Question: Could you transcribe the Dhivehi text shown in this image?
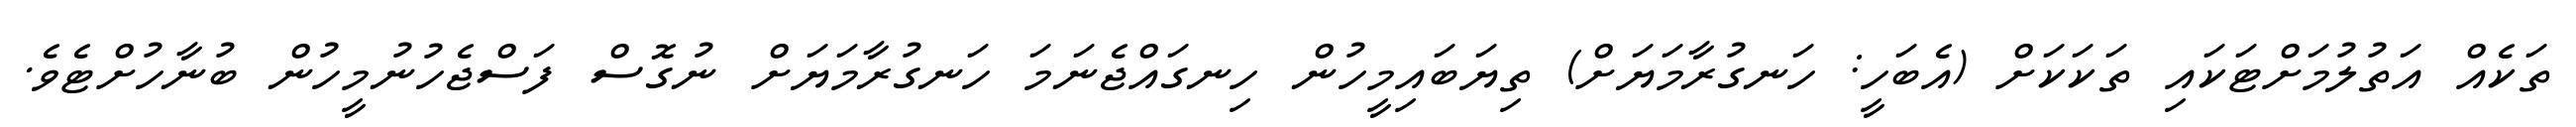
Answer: ތަކެއް އަތުލުމަށްޓަކައި ތަކަކަށް (އެބަހީ: ހަނގުރާމަޔަށް) ތިޔަބައިމީހުން ހިނގައްޖެނަމަ ހަނގުރާމަޔަށް ނުގޮސް ފަސްޖެހުނުމީހުން ބުނާހުށްޓެވެ.